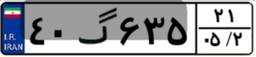
۴۷گ۴۷۹۹۸